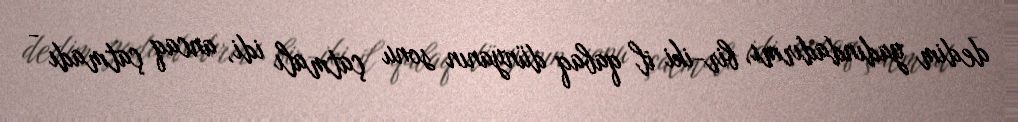
dedim yadındadırmı, bir-iki il qabaq dünyanın sonu çatmalı idi, ancaq çatmadı -